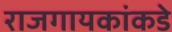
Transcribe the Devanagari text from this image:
राजगायकांकडे